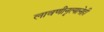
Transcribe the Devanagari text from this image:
लावणीनृत्यानेही